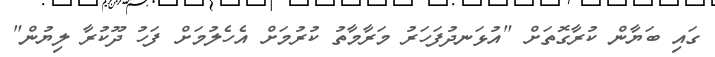
ގައި ބަޔާން ކުރާގޮތަށް "އުޅަނދުފަހަރު މަރާމާތު ކުރުމަށް އެހެލުމަށް ފަހު ދޫކުރާ ލިޔުން"